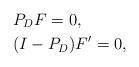
LaTeX: \begin{align*} &P_D F = 0,\\ &(I-P_D) F' = 0,\end{align*}